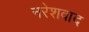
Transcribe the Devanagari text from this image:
नरेशवाद